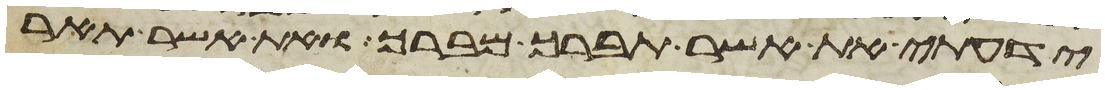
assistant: ידעתי את אשר תברך מברך ואת אשר תאר